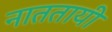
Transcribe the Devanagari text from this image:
नाततायी